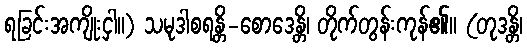
ရခြင်းအကျိုးငှါ။) သမုဒါစရန္တိ-စောဒေန္တိ၊ တိုက်တွန်းကုန်၏။ (တုဒန္တိ၊